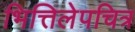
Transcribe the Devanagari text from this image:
भित्तिलेपचित्र